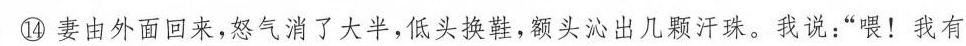
⑭妻由外面回来，怒气消了大半，低头换鞋，额头沁出几颗汗珠，我说：”喂！我有